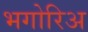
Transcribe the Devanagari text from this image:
भगोरिअ